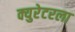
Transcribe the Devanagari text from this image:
क्युरेटरला